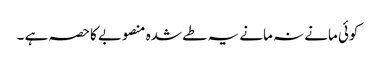
کوئی مانے نہ مانے یہ طے شدہ منصوبے کاحصہ ہے ۔